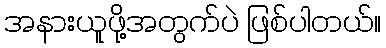
အနားယူဖို့အတွက်ပဲ ဖြစ်ပါတယ်။